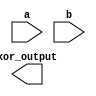
module xor_gate (
    input a,
    input b,
    output xor_output
);

wire a_inv, b_inv, nand_input1, nand_input2;

// Inverters
assign a_inv = ~a;
assign b_inv = ~b;

// NAND gate inputs
assign nand_input1 = a_inv;
assign nand_input2 = b;

// NAND gate
nand n1 (
    .a(nand_input1),
    .b(nand_input2),
    .y(xor_output)
);

endmodule